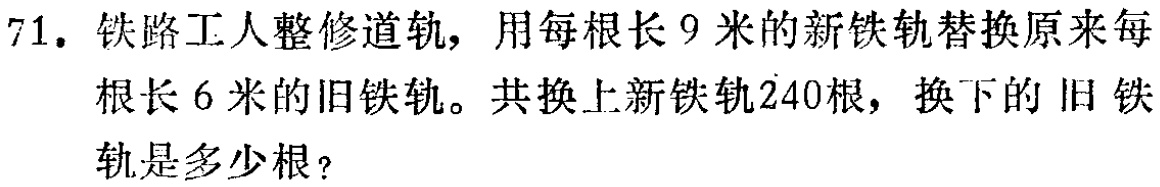
71. 铁路工人整修道轨，用每根长 9 米的新铁轨替换原来每根长 6 米的旧铁轨。共换上新铁轨240根，换下的旧铁轨是多少根？